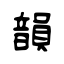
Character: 韻